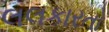
લલકારતો